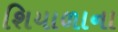
શિયાળાના